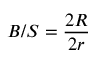
B / S = \frac { 2 R } { 2 r }